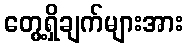
တွေ့ရှိချက်များအား